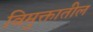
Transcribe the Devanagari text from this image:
विमुक्तातील